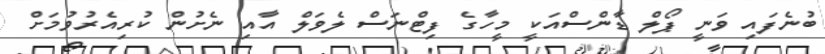
ބުނެފައި ވަނީ ޕޯލް ޑާންސްއަކީ މީހާގެ ފިޓްނަސް ލެވަލް އާއި ނެށުން ކުރިއެރުވުމަށް